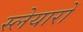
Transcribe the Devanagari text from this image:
स्लेयारों